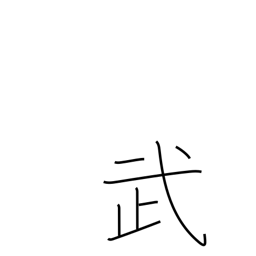
Meaning: military